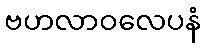
ဗဟလာဝလေပနံ